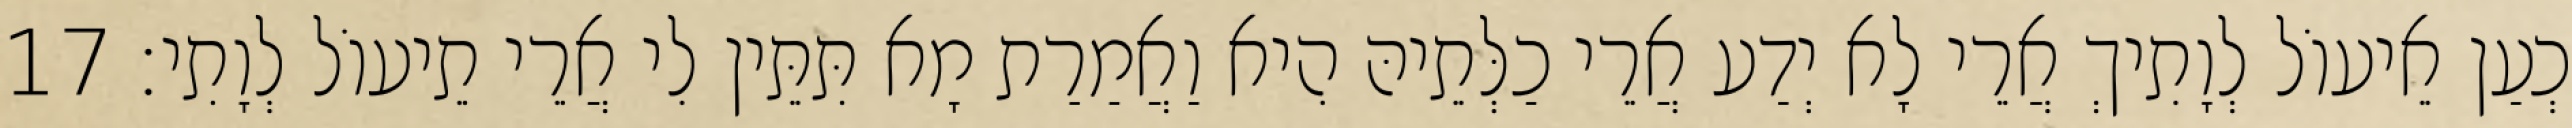
כְעַן אֵיעוֹל לְוָתִיךְ אֲרֵי לָא יְדַע אֲרֵי כַלְּתֵיהּ הִיא וַאֲמַרַת מָא תִּתֵּין לִי אֲרֵי תֵיעוֹל לְוָתִי׃ 17